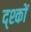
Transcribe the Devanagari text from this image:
द्श्कों